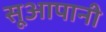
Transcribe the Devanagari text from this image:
सूआपानी